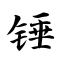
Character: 锤